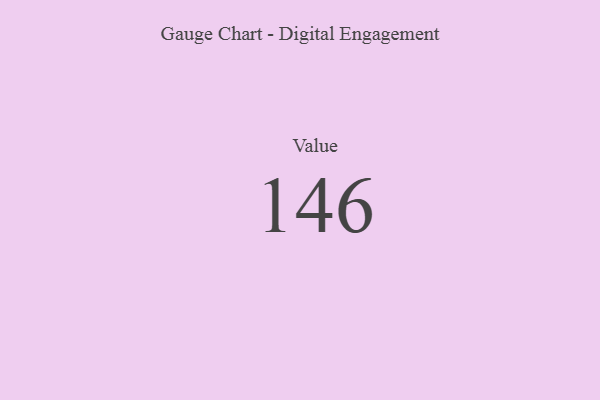
{"axis": {"x": "Metric", "y": "Value"}, "legend": [""], "data": [{"x": "Value", "y": 146, "type": ""}]}